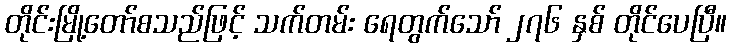
တိုင်းမြို့တော်စသည်ဖြင့် သက်တမ်း ရေတွက်သော် ၂၇၆ နှစ် တိုင်ပေပြီ။